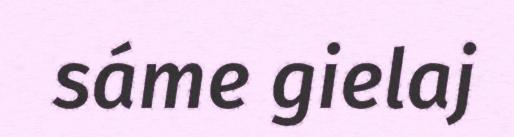
sáme gielaj